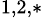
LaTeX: ^{1,2,*}